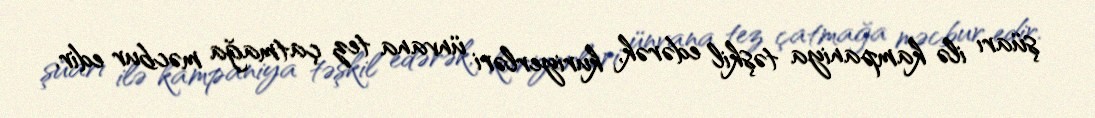
şüarı ilə kampaniya təşkil edərək, kuriyerləri ünvana tez çatmağa məcbur edir.